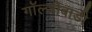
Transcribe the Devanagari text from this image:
गॉल्जीबाडी